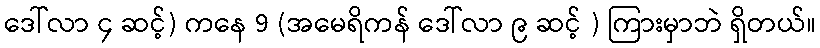
ဒေါ်လာ ၄ ဆင့်) ကနေ 9 (အမေရိကန် ဒေါ်လာ ၉ ဆင့် ) ကြားမှာဘဲ ရှိတယ်။